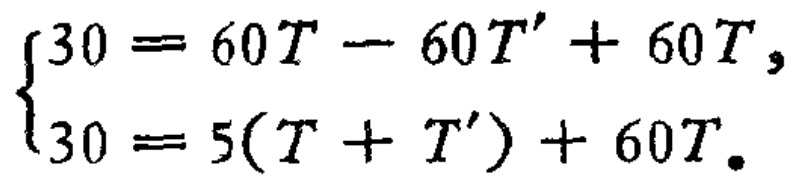
$\begin{cases}30 = 60T - 60T' + 60T,\\30 = 5(T + T') + 60T.\end{cases}$